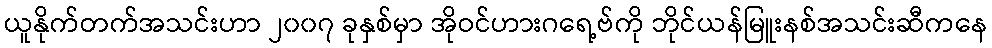
ယူနိုက်တက်အသင်းဟာ ၂၀၀၇ ခုနှစ်မှာ အိုဝင်ဟားဂရေ့ဗ်ကို ဘိုင်ယန်မြူးနစ်အသင်းဆီကနေ